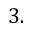
3 .